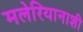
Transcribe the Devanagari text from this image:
मलेरियानाशी